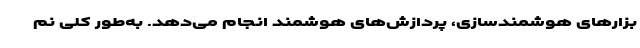
بزارهای هوشمندسازی، پردازش‌های هوشمند انجام می‌دهد. به‌طور کلی نم